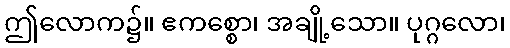
ဤလောက၌။ ဧကစ္စော၊ အချို့သော။ ပုဂ္ဂလော၊